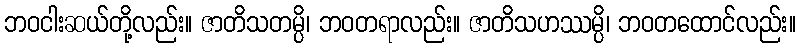
ဘဝငါးဆယ်တို့လည်း။ ဇာတိသတမ္ပိ၊ ဘဝတရာလည်း။ ဇာတိသဟဿမ္ပိ၊ ဘဝတထောင်လည်း။